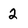
Character: 2